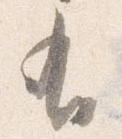
有